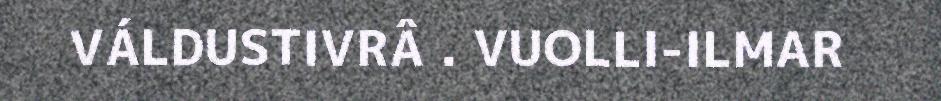
VÁLDUSTIVRÂ . VUOLLI-ILMAR